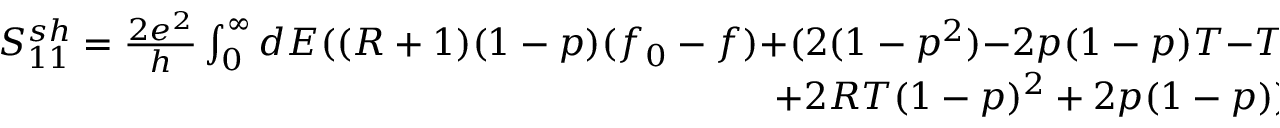
\begin{array} { r } { { S _ { 1 1 } ^ { s h } = \frac { 2 e ^ { 2 } } { h } \int _ { 0 } ^ { \infty } d E ( ( R + 1 ) ( 1 - p ) ( f _ { 0 } - f ) } { + ( 2 ( 1 - p ^ { 2 } ) } { - 2 p ( 1 - p ) T } { - T ^ { 2 } ( 1 - p ) ^ { 2 } ) f ^ { 2 } } { - ( 2 p R ( 1 - p ) } } \\ { { + 2 R T ( 1 - p ) ^ { 2 } + 2 p ( 1 - p ) ) f f _ { 0 } } { - ( R ^ { 2 } + 1 ) ( 1 - p ) ^ { 2 } f _ { 0 } ^ { 2 } ) . } } \end{array}